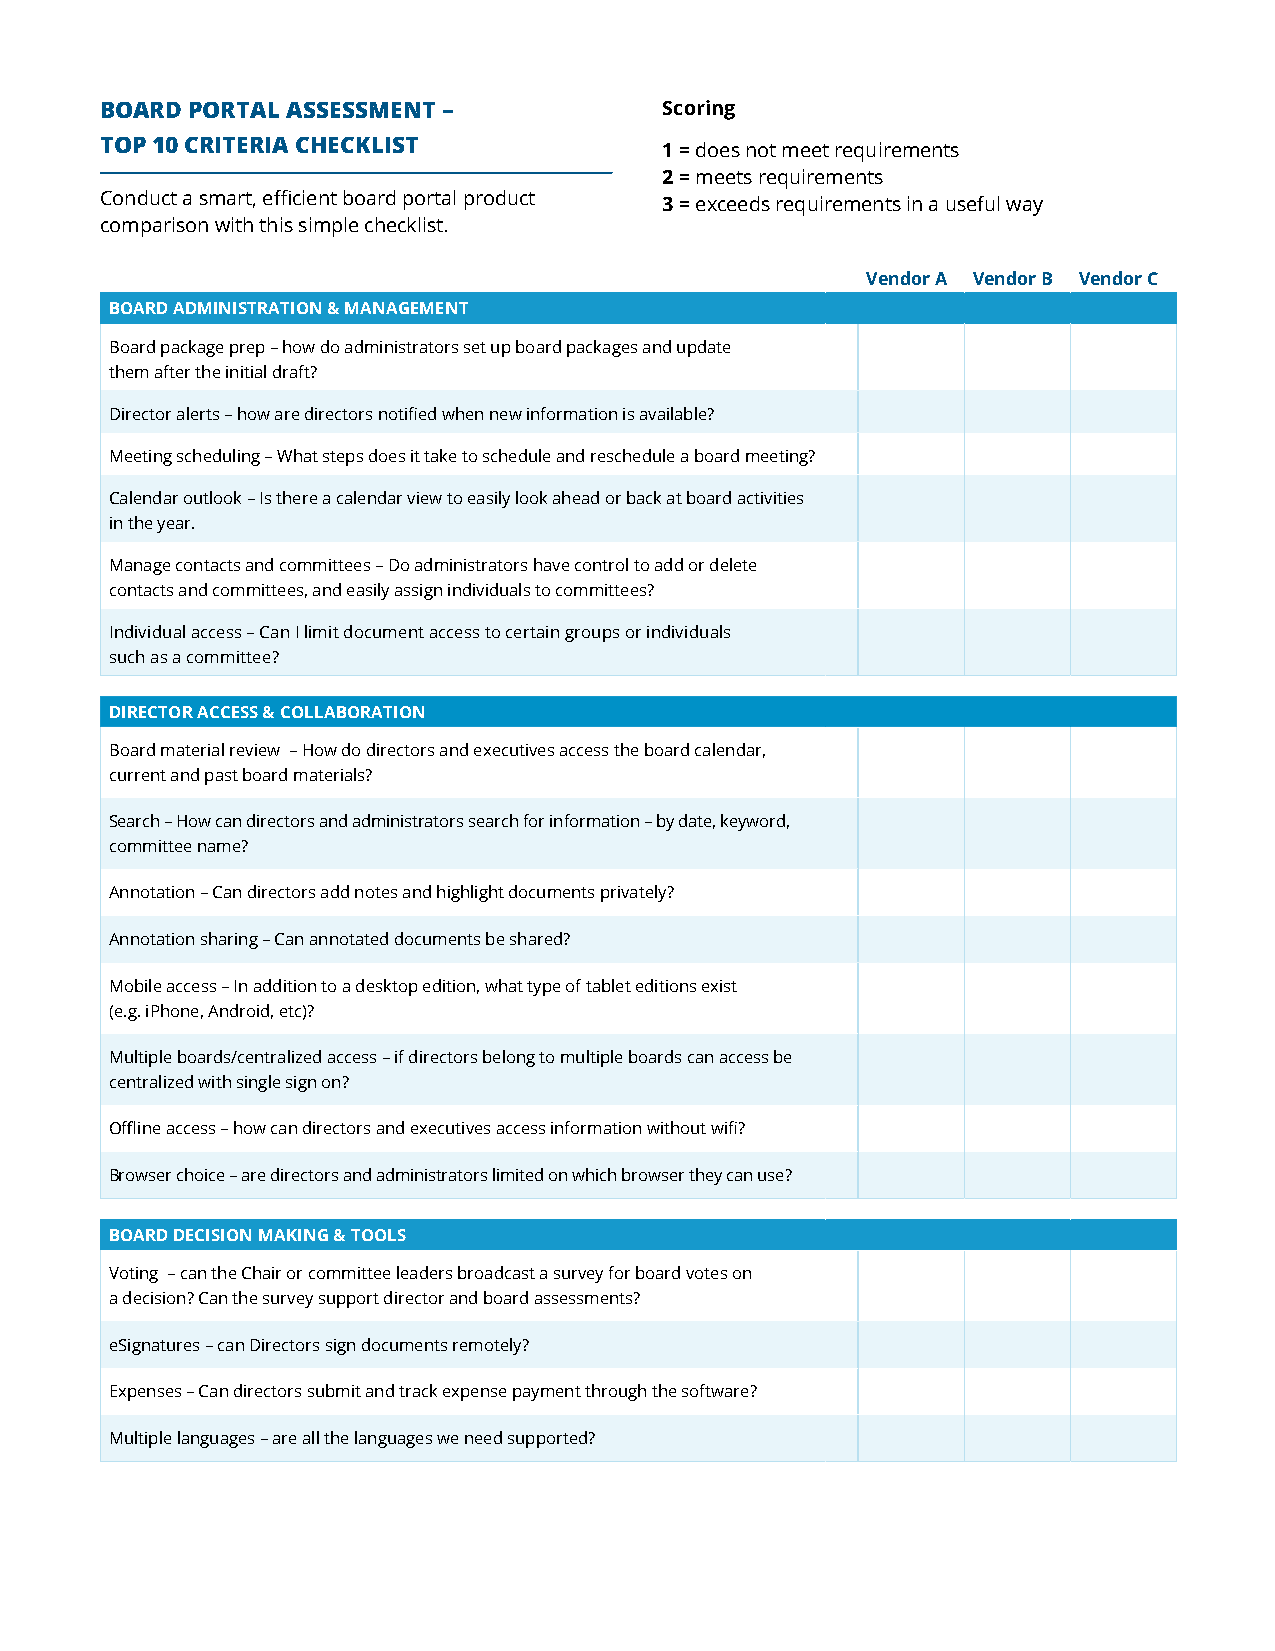
BOARD PORTAL ASSESSMENT –            Scoring
 TOP 10 CRITERIA CHECKLIST            1 = does not meet requirements
 2 = meets requirements
 Conduct a smart, efficient board portal product 3 = exceeds requirements in a useful way
 comparison with this simple checklist.
 Vendor A Vendor B Vendor C
 BOARD ADMINISTRATION & MANAGEMENT
 Board package prep – how do administrators set up board packages and update
 them after the initial draft?
 Director alerts – how are directors notified when new information is available?
 Meeting scheduling – What steps does it take to schedule and reschedule a board meeting?
 Calendar outlook – Is there a calendar view to easily look ahead or back at board activities
 in the year.
 Manage contacts and committees – Do administrators have control to add or delete
 contacts and committees, and easily assign individuals to committees?
 Individual access – Can I limit document access to certain groups or individuals
 such as a committee?
 DIRECTOR ACCESS & COLLABORATION
 Board material review – How do directors and executives access the board calendar,
 current and past board materials?
 Search – How can directors and administrators search for information – by date, keyword,
 committee name?
 Annotation – Can directors add notes and highlight documents privately?
 Annotation sharing – Can annotated documents be shared?
 Mobile access – In addition to a desktop edition, what type of tablet editions exist
 (e.g. iPhone, Android, etc)?
 Multiple boards/centralized access – if directors belong to multiple boards can access be
 centralized with single sign on?
 Offline access – how can directors and executives access information without wifi?
 Browser choice – are directors and administrators limited on which browser they can use?
 BOARD DECISION MAKING & TOOLS
 Voting – can the Chair or committee leaders broadcast a survey for board votes on
 a decision? Can the survey support director and board assessments?
 eSignatures – can Directors sign documents remotely?
 Expenses – Can directors submit and track expense payment through the software?
 Multiple languages – are all the languages we need supported?